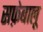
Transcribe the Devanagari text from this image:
सफ़ेबालू